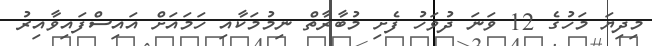
މިދިޔަ މަހުގެ 12 ވަނަ ދުވަހު ފެށި މުބާރާތް ނިމުމަކާއި ހަމައަށް އައިސްފައިވާއިރު